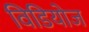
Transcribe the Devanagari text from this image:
विडियोज